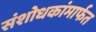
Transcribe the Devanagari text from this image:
संशोधकांमार्फत